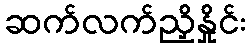
ဆက်လက်ညှိနှိုင်း